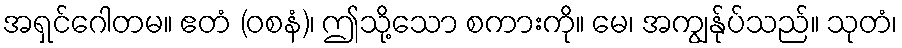
အရှင်ဂေါတမ။ ဧတံ (ဝစနံ)၊ ဤသို့သော စကားကို။ မေ၊ အကျွန်ုပ်သည်။ သုတံ၊